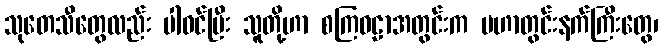
သုတေသီတွေလည်း ပါဝင်ပြီး သူတို့ဟာ စကြဝဠာအတွင်းက မဟာတွင်းနက်ကြီးတွေ၊